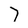
Character: 7